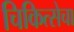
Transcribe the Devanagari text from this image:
चिकित्सेचा